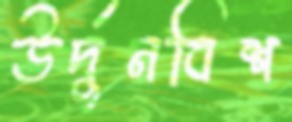
উর্দুনবিশ